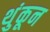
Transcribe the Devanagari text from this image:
थुंकून